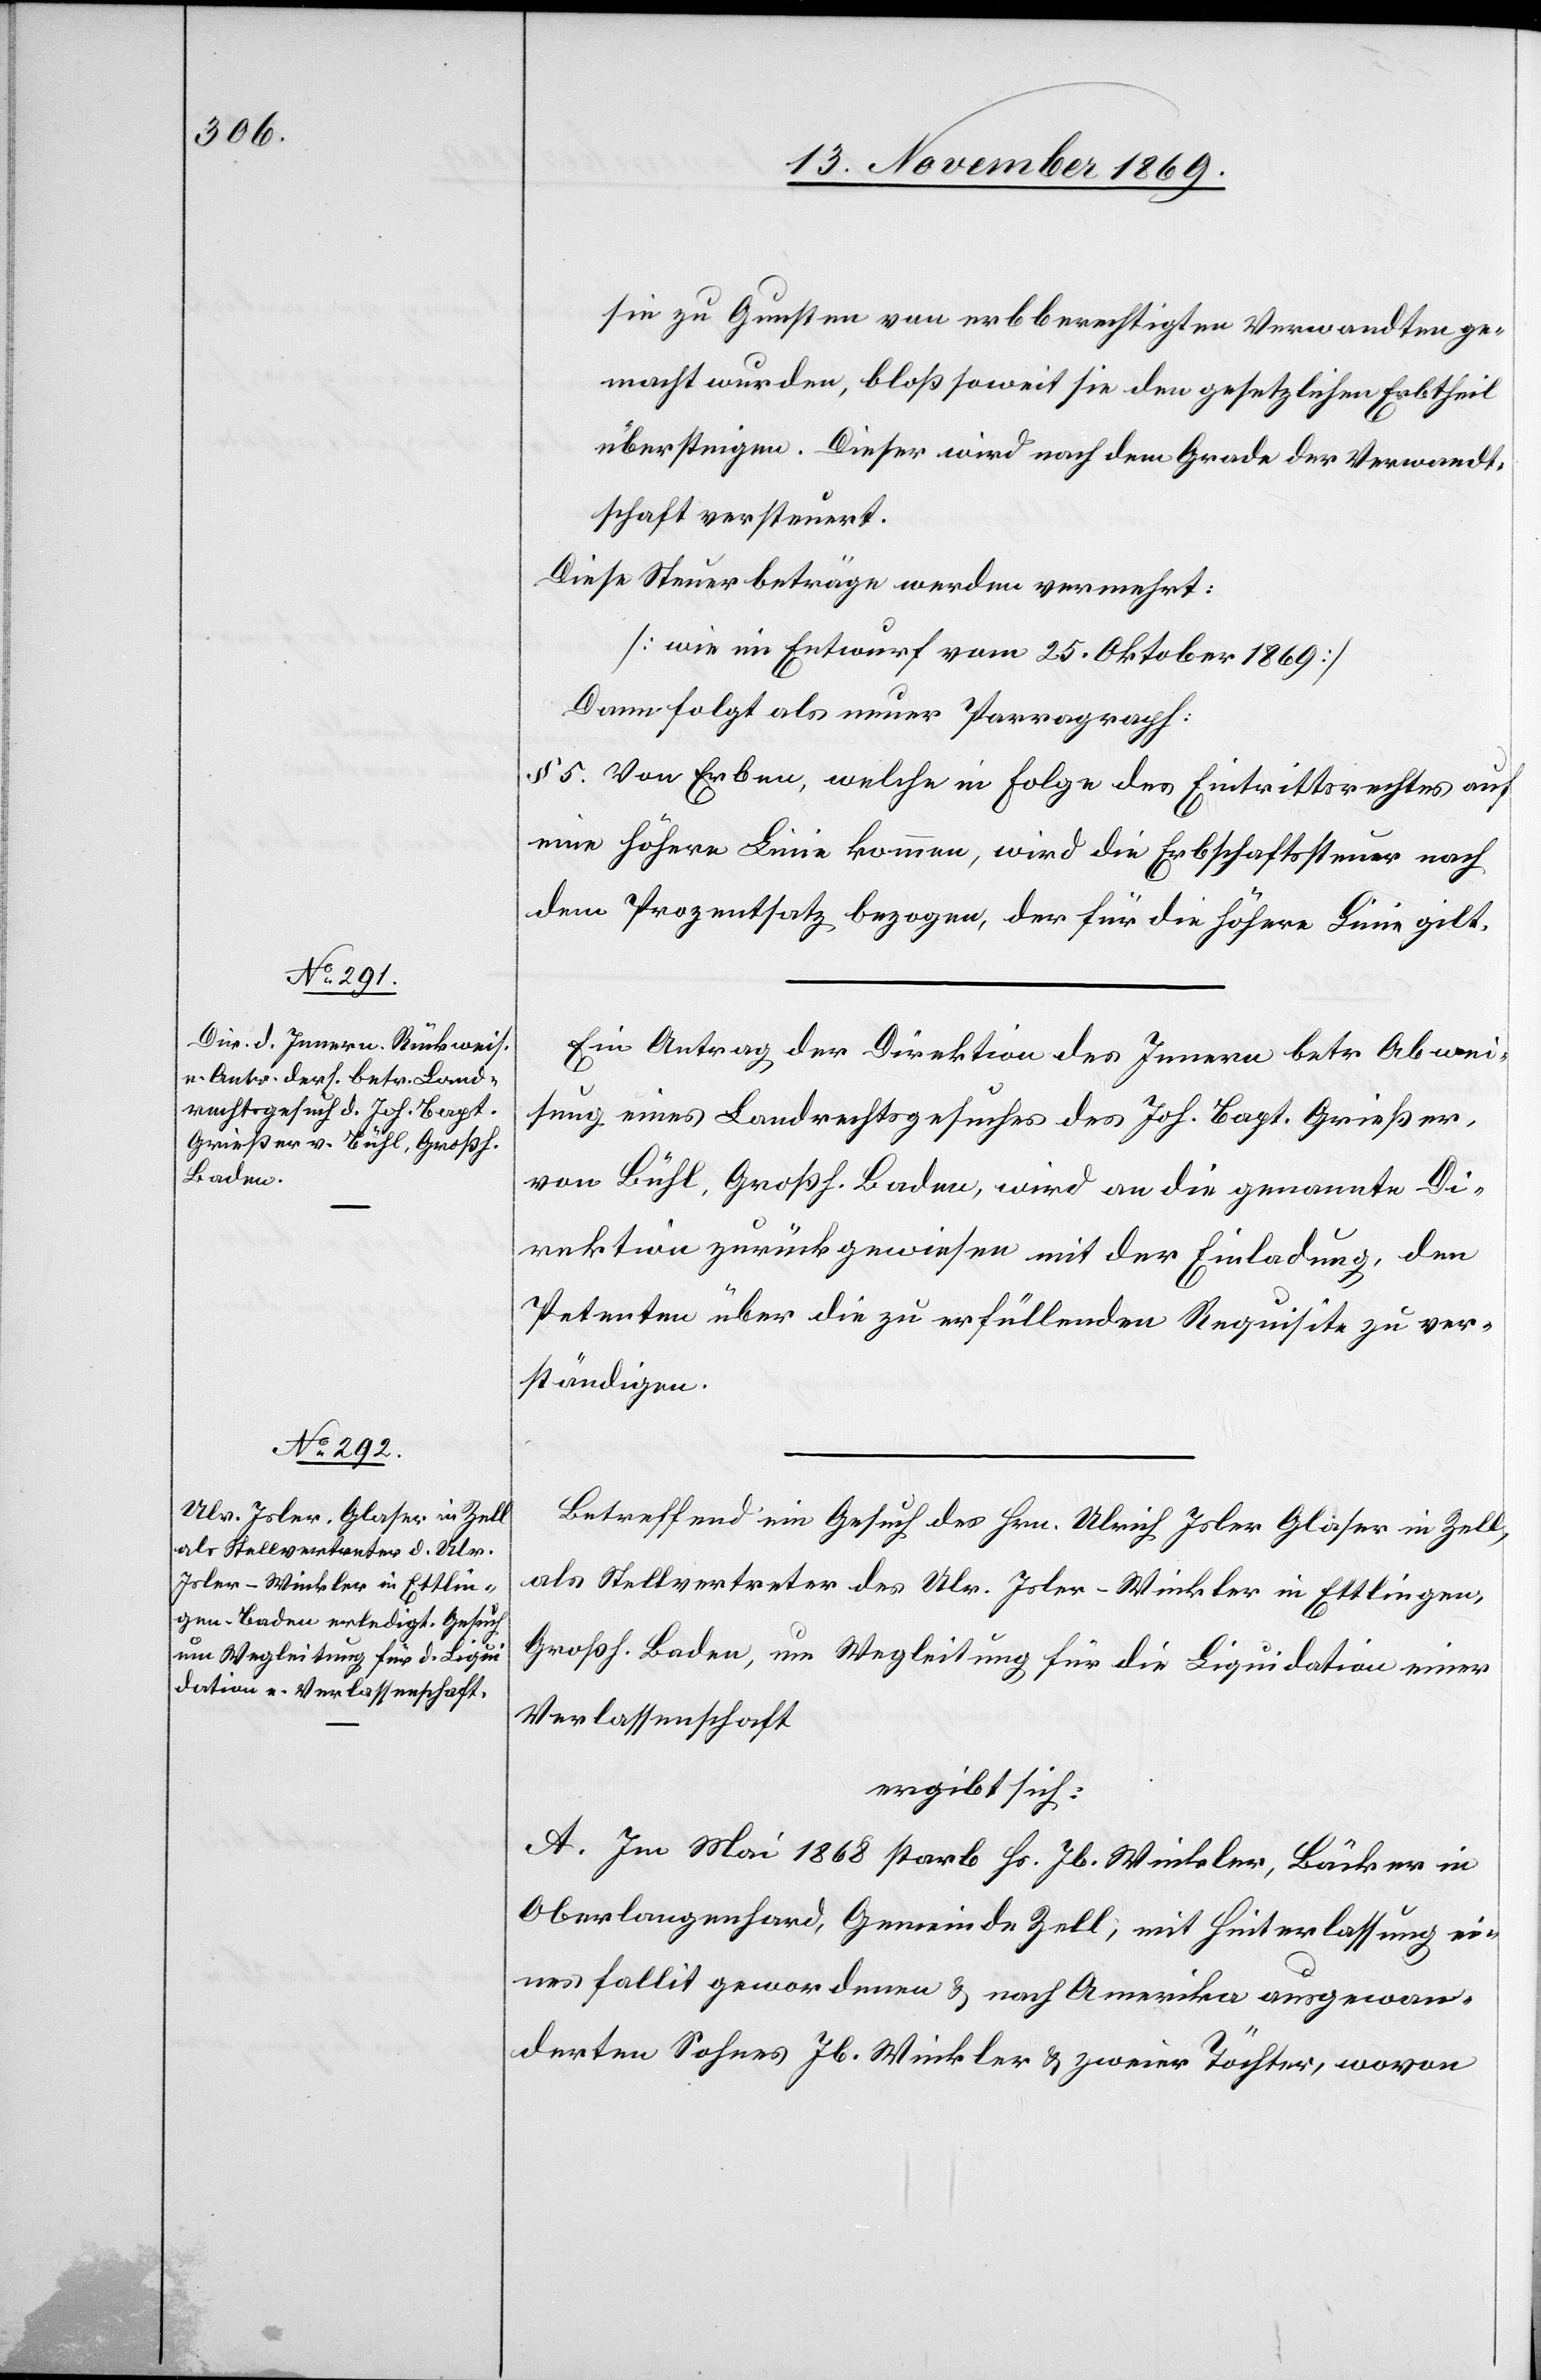
sie zu Gunsten von erbberechtigten Verwandten ge¬
macht wurden, bloß soweit sie den gesetzlichen Erbtheil
übersteigen. Dieser wird nach dem Grade der Verwandt¬
schaft versteuert.
Diese Steuerbeträge werden vermehrt:
[wie im Entwurf vom 25. Oktober 1869]
Dann folgt als neuer Parragraph
§ 5. Von Erben, welche in Folge des Eintrittsrechtes auf
eine höhere Linie kommen, wird die Erbschaftssteuer nach
dem Prozentsatz bezogen, der für die höhere Linie gilt.
Ein Antrag der Direktion des Innern betr. Abwei¬
sung eines Landrechtsgesuches des Joh. Bapt. Grießer,
von Bühl, Großh. Baden, wird an die genannte Di¬
rektion zurückgewiesen mit der Einladung, den
Petenten über die zu erfüllenden Requisite zu ver¬
ständigen.
Betreffend ein Gesuch des Hrn. Ulrich Isler Glaser in Zell,
als Stellvertreter des Ulr. Isler-Winkler in Ettlingen,
Großh. Baden, um Wegleitung für die Liquidation einer
Verlassenschaft
ergibt sich:
A. Im Mai 1868 starb Hs. Jb. Winkler, Bäcker in
Oberlangenhard, Gemeinde Zell, mit Hinterlassung ei¬
nes fallit gewordenen & nach Amerika ausgewan¬
derten Sohnes Jb. Winkler & zweier Töchter, wovon